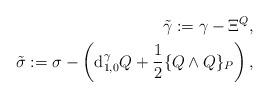
LaTeX: \begin{align*}\tilde{\gamma}:= \gamma-\Xi^{Q},\\\tilde{\sigma}:= \sigma-\left(\mathrm{d}_{1,0}^{\gamma}Q+\frac{1}{2}\{Q\wedge Q\}_{P}\right),\end{align*}